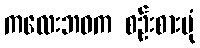
ကလေးဘဝက စဉ်းစားပုံ